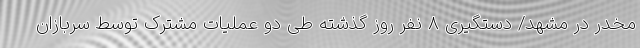
مخدر در مشهد/ دستگیری 8 نفر روز گذشته طی دو عملیات مشترک توسط سربازان